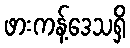
ဖားကန့်ဒေသရှိ